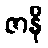
ဇာနိ